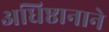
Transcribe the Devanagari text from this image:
अधिष्ठानाने